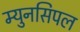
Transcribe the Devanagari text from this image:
म्युनसिपल